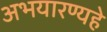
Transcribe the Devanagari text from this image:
अभयारण्यहे